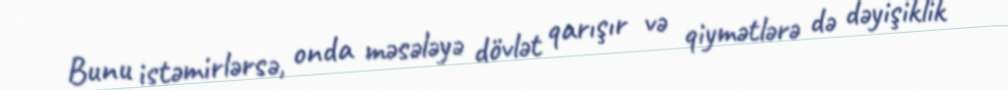
Bunu istəmirlərsə, onda məsələyə dövlət qarışır və qiymətlərə də dəyişiklik